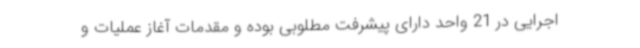
اجرایی در 21 واحد دارای پیشرفت مطلوبی بوده و مقدمات آغاز عملیات و